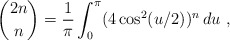
\begin{align*}\binom{2n}{n} = \frac1\pi \int_0^\pi (4\cos^2(u/2))^n\,du \ ,\end{align*}